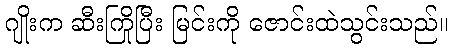
ဂျိုးက ဆီးကြိုပြီး မြင်းကို ဇောင်းထဲသွင်းသည်။